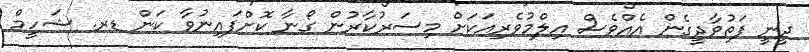
ދީނީ ފަތުވާދީގެން އެއްވެސް އިލްމުވެރިއަކަށް މިސަރުކާރުން ގޯނާ ކޮށްފައިނުވާ ކަން ޑރ. ޝަހީމް